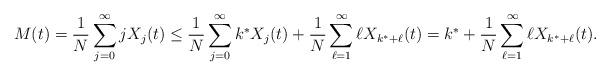
LaTeX: \begin{align*}M(t) = \frac{1}{N} \sum_{j=0}^{\infty} j X_j(t) \leq \frac{1}{N} \sum_{j=0}^{\infty} k^* X_j(t) + \frac{1}{N} \sum_{\ell = 1}^{\infty} \ell X_{k^* + \ell}(t) = k^* + \frac{1}{N} \sum_{\ell = 1}^{\infty} \ell X_{k^* + \ell}(t).\end{align*}